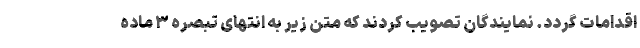
اقدامات گردد. نمایندگان تصویب کردند که متن زیر به انتهای تبصره ۳ ماده